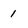
Character: 1